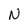
Character: N